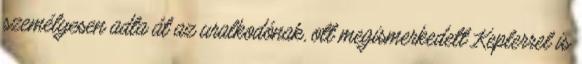
személyesen adta át az uralkodónak, ott megismerkedett Keplerrel is